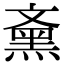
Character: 𪐰